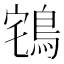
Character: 𪀥